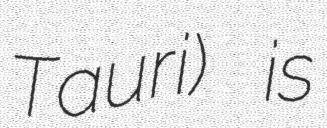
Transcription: Tauri) is